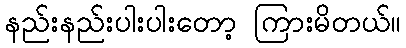
နည်းနည်းပါးပါးတော့ ကြားမိတယ်။